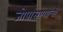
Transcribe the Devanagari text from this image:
जोपासण्याची